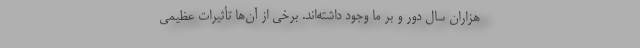
هزاران سال دور و بر ما وجود داشته‌اند. برخی‌ از آن‌ها تأثیرات عظیمی